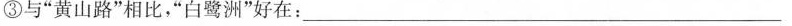
③与”黄山路”相比，”白鹭洲”好在：____